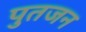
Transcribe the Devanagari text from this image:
पुतजन